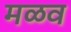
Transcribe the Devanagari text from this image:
मळव